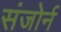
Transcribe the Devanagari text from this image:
संजोर्न